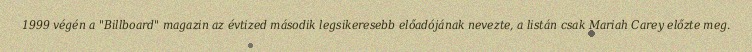
1999 végén a "Billboard" magazin az évtized második legsikeresebb előadójának nevezte, a listán csak Mariah Carey előzte meg.